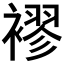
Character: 𮖮